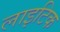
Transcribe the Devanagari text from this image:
लाइटिक